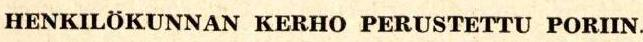
HENKILÖKUNNAN KERHO PERUSTETTU PORIIN.